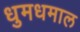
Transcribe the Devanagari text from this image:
धुमधमाल